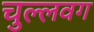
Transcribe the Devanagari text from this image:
चुल्लवग